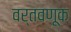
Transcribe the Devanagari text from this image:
वर्तवणूक